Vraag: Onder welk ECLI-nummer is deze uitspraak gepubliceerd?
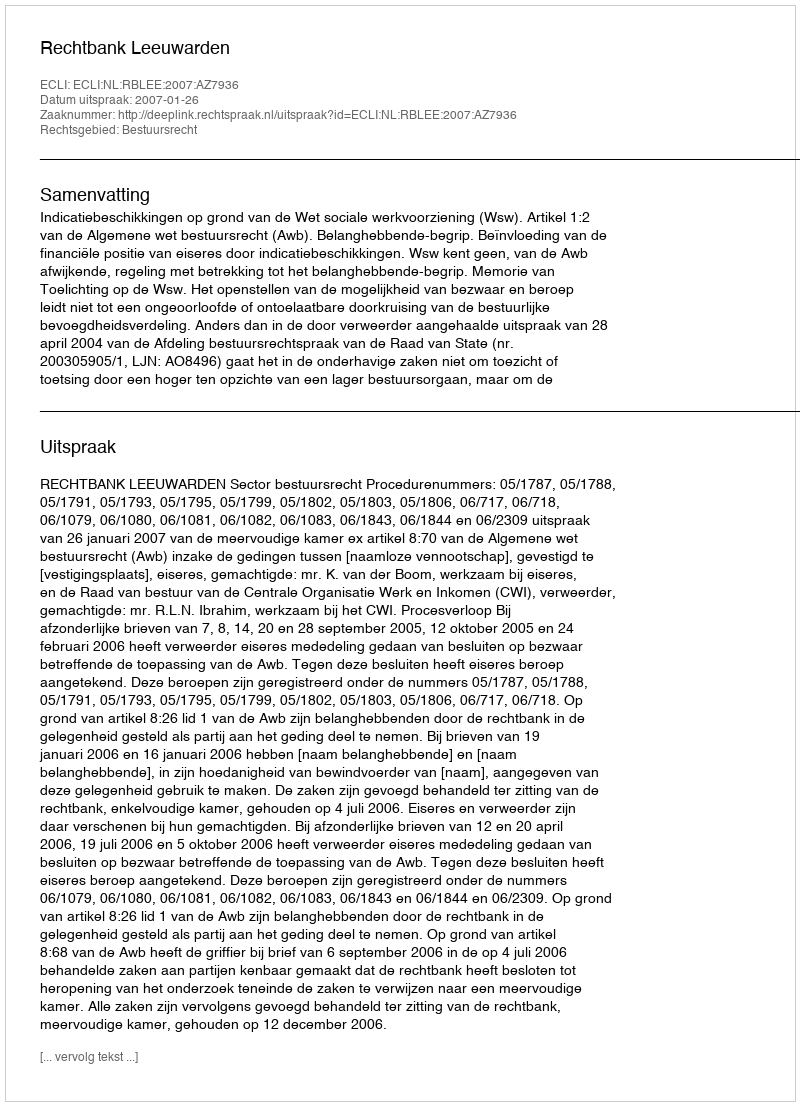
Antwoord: ECLI:NL:RBLEE:2007:AZ7936